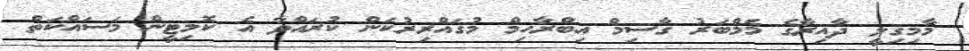
މާމިގިލީ ދާއިރާގެ މެމްބަރު ގާސިމް އިބްރާހިމް މުގައްރިރުކަން ކުރައްވާ އެ ކޮމިޓީން މަސައްކަތް